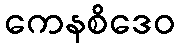
ကေနစိဒေဝ